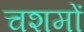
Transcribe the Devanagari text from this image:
चशमों